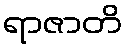
ရာဇာတိ